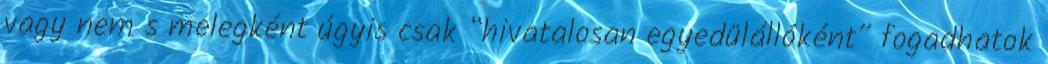
vagy nem s melegként úgyis csak “hivatalosan egyedülállóként” fogadhatok